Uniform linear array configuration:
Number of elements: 12
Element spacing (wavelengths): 0.75
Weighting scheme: cosine
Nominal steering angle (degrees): -60
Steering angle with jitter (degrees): -59.112
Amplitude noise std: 0.05
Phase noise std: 0.05

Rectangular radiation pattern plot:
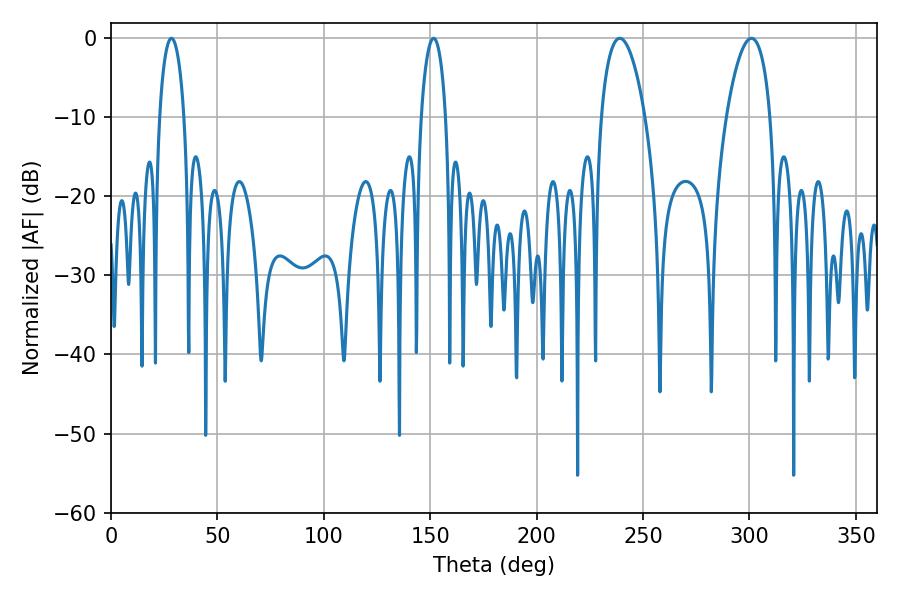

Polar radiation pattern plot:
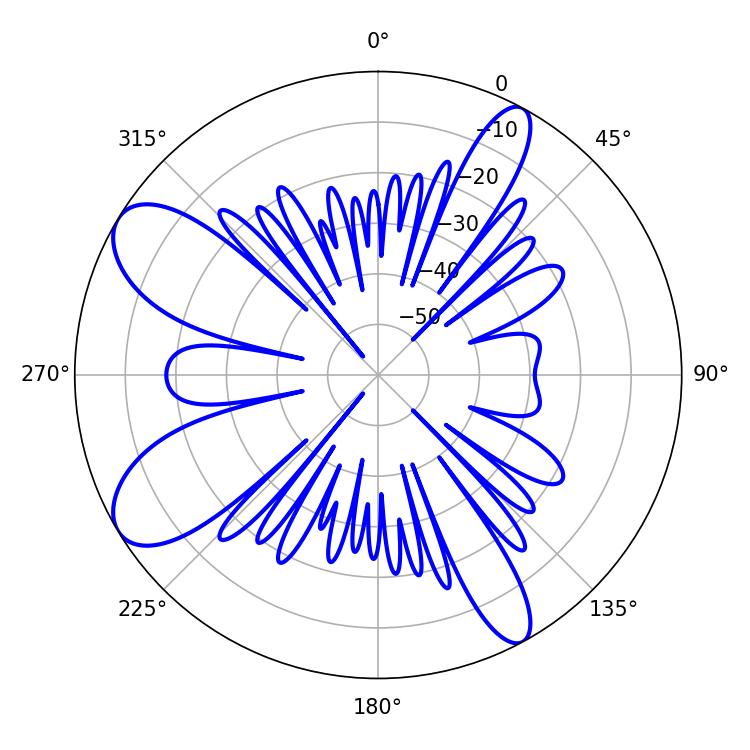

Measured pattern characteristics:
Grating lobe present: TRUE
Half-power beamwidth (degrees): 11.52
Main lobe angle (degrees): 239.04